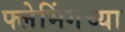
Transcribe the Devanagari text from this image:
फ्लेमिंगच्या